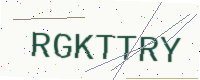
Text: RGKTTRY